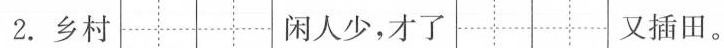
2.乡村 闲人少，才了 又插田。